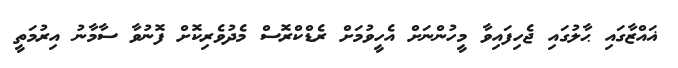
ޣައްޒާގައި ޙާލުގައި ޖެހިފައިވާ މީހުންނަށް އެހީވުމަށް ރެޑްކްރޮސް މެދުވެރިކޮށް ފޮނުވާ ސާމާނު އިރުމަތީ